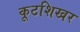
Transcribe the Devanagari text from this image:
कूटशिखर